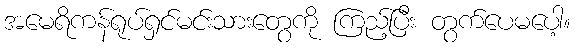
အမေရိကန်ရုပ်ရှင်မင်းသားတွေကို ကြည့်ပြီး တွက်ပေမပေါ့။